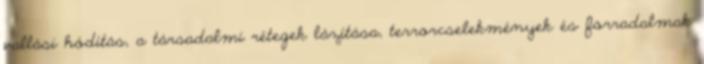
vallási hódítás, a társadalmi rétegek lázítása, terrorcselekmények és forradalmak